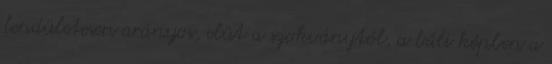
lendületesen arányos, elüt a szokványtól, a báli képben a